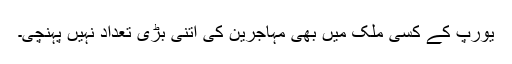
یورپ کے کسی ملک میں بھی مہاجرین کی اتنی بڑی تعداد نہیں پہنچی۔